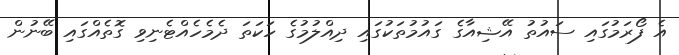
އެ ފޯރަމުގައި ސައުތު އޭޝިއާގެ ގައުމުތަކުގައި ދިއްލުމުގެ ހަކަތަ ދެމެހެއްޓެނިވި ގޮތެއްގައި ބޭނުން